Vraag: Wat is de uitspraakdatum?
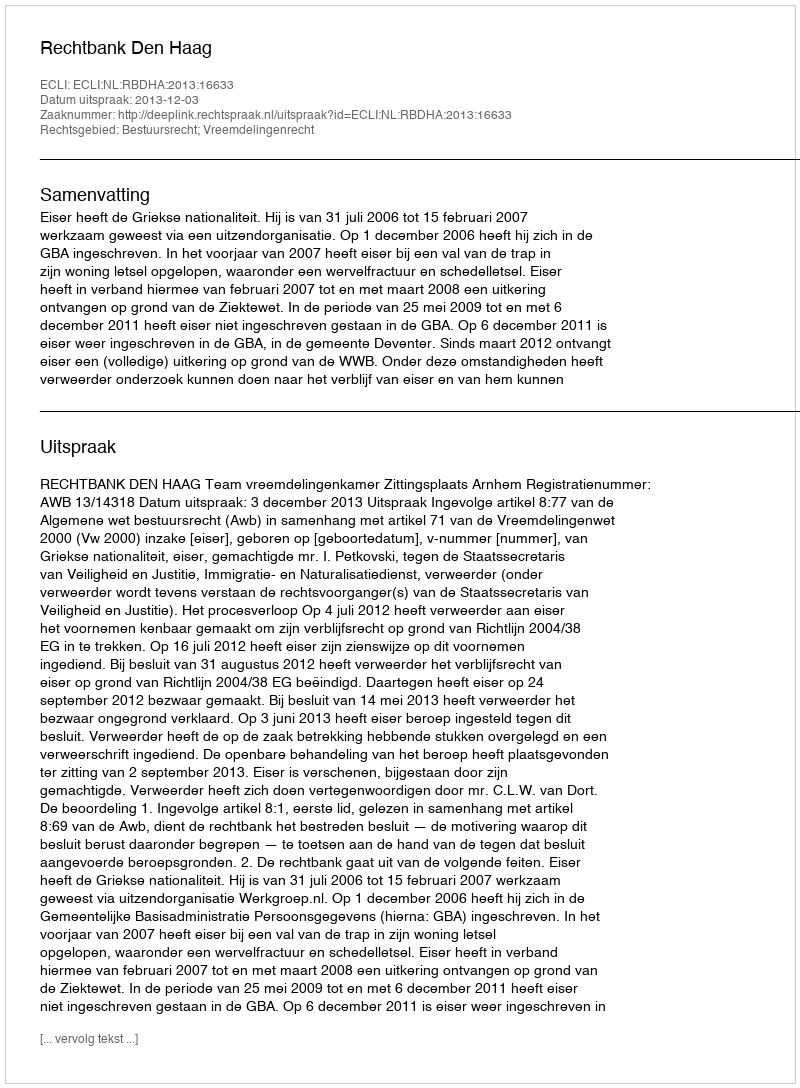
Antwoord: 2013-12-03